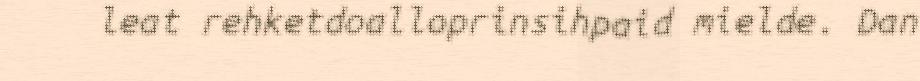
leat rehketdoalloprinsihpaid mielde. Dan